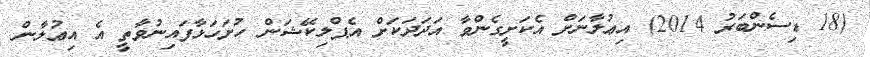
(18 ޑިސެންބަރު 2014) އިޢުލާނަށް އެކަށީގެންވާ އަދަދަކަށް އެޕްލިކޭޝަން ހުށަހަޅާފައިނުވާތީ އެ އިޢުލާން